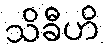
သိခီဟိ